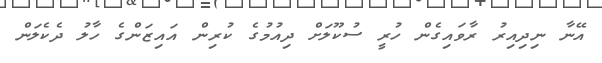
އޭނާ ނިދިއިރު ރާވައިގެން ހުރީ ސުކޫލަށް ދިއުމުގެ ކުރިން އައިޒަންގެ ހާލު ދެކެލަން